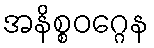
အနိစ္စဝဂ္ဂေန